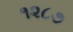
૧૨૮૭